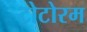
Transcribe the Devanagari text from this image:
टोटोरम